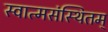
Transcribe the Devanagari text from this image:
स्वात्मसंस्थितम्